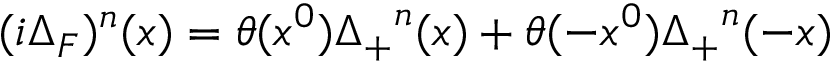
( i \Delta _ { F } ) ^ { n } ( x ) = \theta ( x ^ { 0 } ) { \Delta _ { + } } ^ { n } ( x ) + \theta ( - x ^ { 0 } ) { \Delta _ { + } } ^ { n } ( - x )